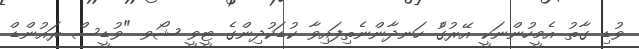
ވުޑި ގާތު އެމީހުންނަކީ އޭރުގެު ހަނދާންނެތިފައިވާ ކުޑަކުދިންގެ ޓީވީ ޝޯވ "ވުޑީސް ރައުންޑް